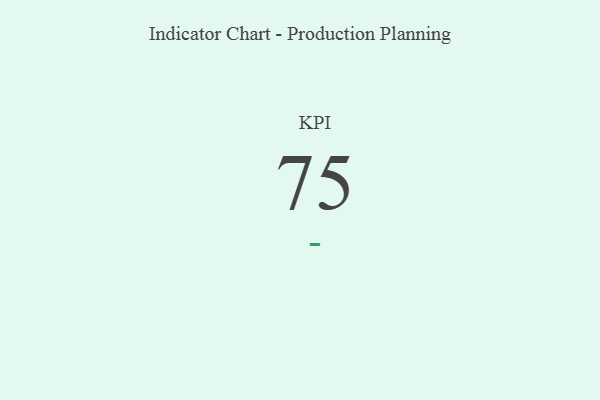
{"axis": {"x": "KPI", "y": "Value"}, "legend": [""], "data": [{"x": "KPI", "y": 75, "type": ""}]}